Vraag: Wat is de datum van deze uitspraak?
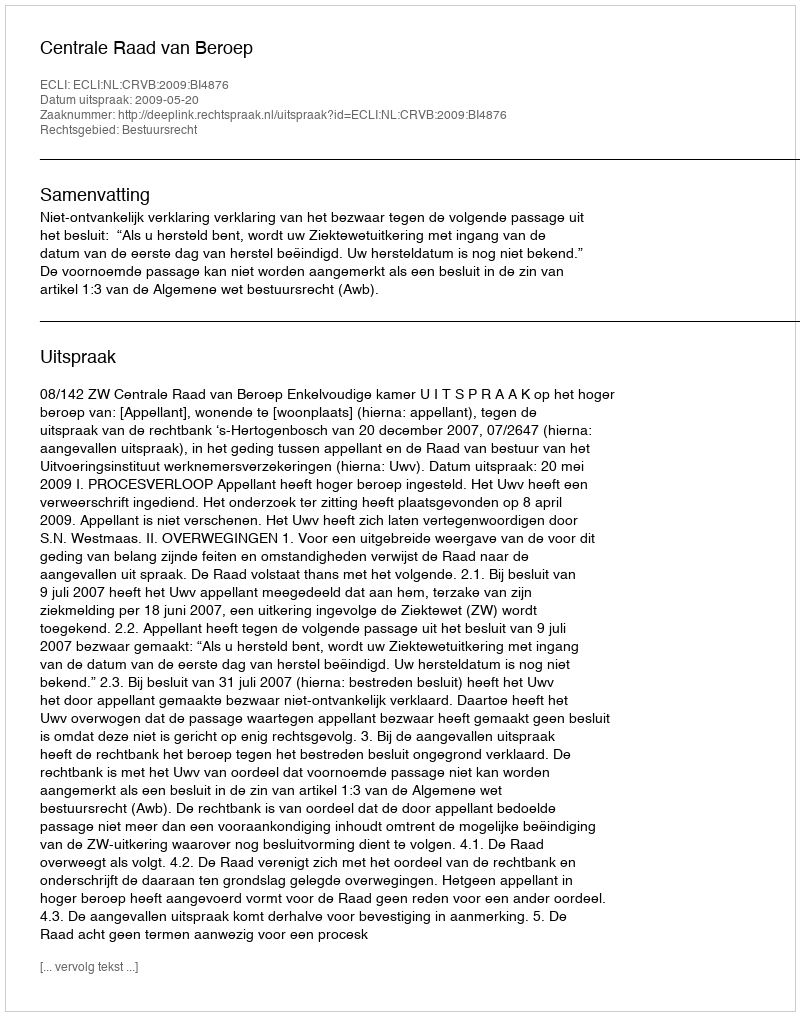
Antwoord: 2009-05-20